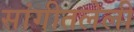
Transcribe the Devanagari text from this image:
सांगीतलेली